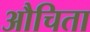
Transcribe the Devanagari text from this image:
औचिता